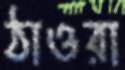
ঠাওরা